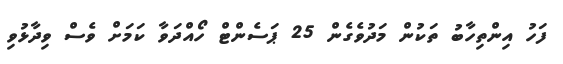
ފަހު އިންތިހާބު ތަކުން މަދުވެގެން 25 ޕަސެންޓް ހޯއްދަވާ ކަމަށް ވެސް ވިދާޅުވި